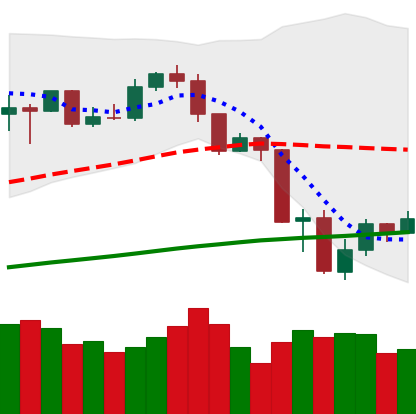
Ticker: ETH-USD
Chart end date: 2019-07-20
Forward return: -4.147%
Label: down_3_5